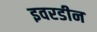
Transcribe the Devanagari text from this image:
इवरडीन